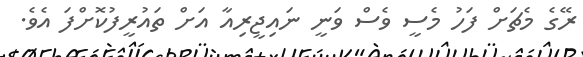
ރޭގެ މެޗަށް ފަހު މެސީ ވެސް ވަނީ ނައިޖީރިއާ އަށް ތައުރީފުކޮށްފަ އެވެ.